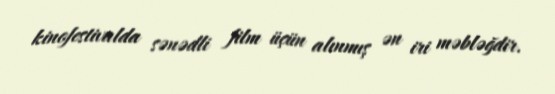
kinofestivalda sənədli film üçün alınmış ən iri məbləğdir.